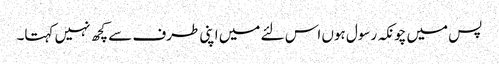
پس میں چونکہ رسول ہوں اس لئے میں اپنی طرف سے کچھ نہیں کہتا۔